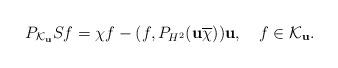
LaTeX: \begin{align*}P_{\mathcal K_{\mathbf u}}S f =\chi f-(f,P_{H^2}({\mathbf u}\overline\chi)){\mathbf u}, \ \ \ f\in\mathcal K_{\mathbf u}. \end{align*}